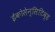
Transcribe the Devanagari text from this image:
ईकोसेन्सिटिव्ह